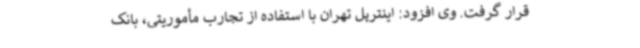
قرار گرفت. وی افزود: اینترپل تهران با استفاده از تجارب مأموریتی، بانک